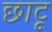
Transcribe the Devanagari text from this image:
छाटू